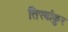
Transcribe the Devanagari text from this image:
तिरवांकुर